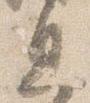
息